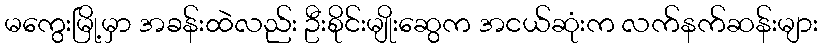
မကွေးမြို့မှာ အခန်းထဲလည်း ဦးစိုင်းမျိုးဆွေက အငယ်ဆုံးက လက်နက်ဆန်းများ